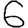
Digit: 6